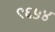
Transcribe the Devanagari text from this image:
९६५४